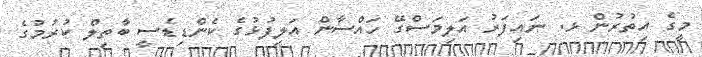
މީގެ އިތުރުން ޅ. ނައިފަރު އަލިމަސްގޭ ހައްސާން އަލިފުޅުގެ ކެންޑިޑެސީ ބާތިލް ކުރުމުގެ